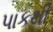
પાકથી